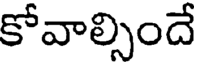
కోవాల్సిందే